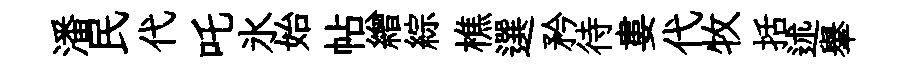
潘民代吒氷始帖繒綜樵選矜待婁代牧括述𦦙